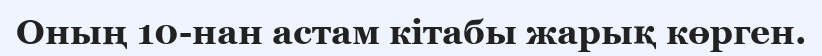
Оның 10-нан астам кітабы жарық көрген.